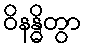
ဝိနန္ဓိတွာ